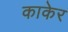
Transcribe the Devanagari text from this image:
काकेर